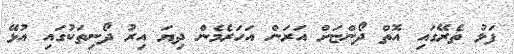
ފަޅު ތެރޭގައި އޮތް ދޯންޏަށް އަރަން އަހަރެމެން ދިޔަ އިރު ދޯނިތަކުގައި އުޅޭ